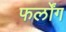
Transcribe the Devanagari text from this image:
फर्लोंग